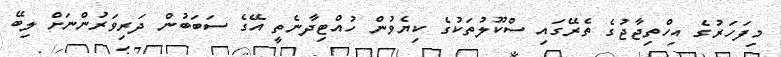
މިފަހަރުގެ އިހްތިޖާޖުގެ ތެރޭގައި ސްކޫލުތަކުގެ ކިޔެވުން ހުއްޓިދާނެތީ އޭގެ ސަބަބުން ދަރިވަރުންނަށް ލިބޭ